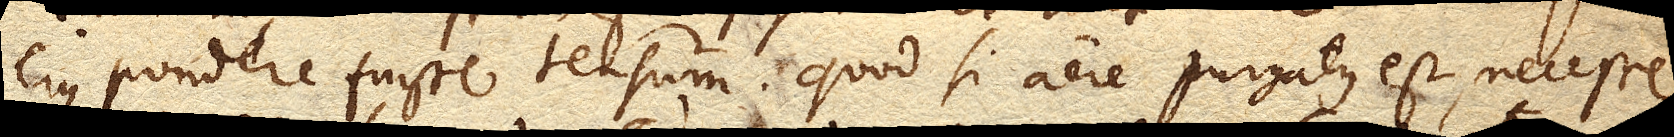
ejus pondere fuisse tensum, quod si aere purgatus est, necesse